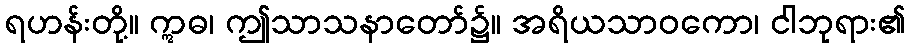
ရဟန်းတို့။ ဣဓ၊ ဤသာသနာတော်၌။ အရိယသာဝကော၊ ငါဘုရား၏